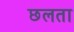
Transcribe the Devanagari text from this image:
छलता